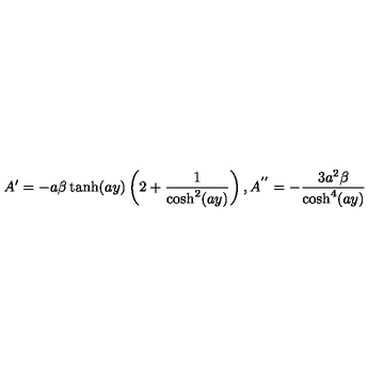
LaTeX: A ^ { \prime } = - a \beta \tanh ( a y ) \left( 2 + \frac { 1 } { \cosh ^ { 2 } ( a y ) } \right) , A ^ { ' ^ { \prime } } = - \frac { 3 a ^ { 2 } \beta } { \cosh ^ { 4 } ( a y ) }